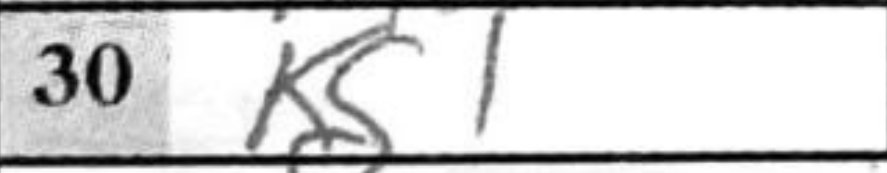
Transcription: Kd1